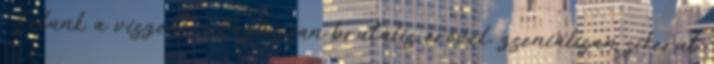
. Félünk a viszont, letaglózóan brutális erővel, zseniálisan sikerül.